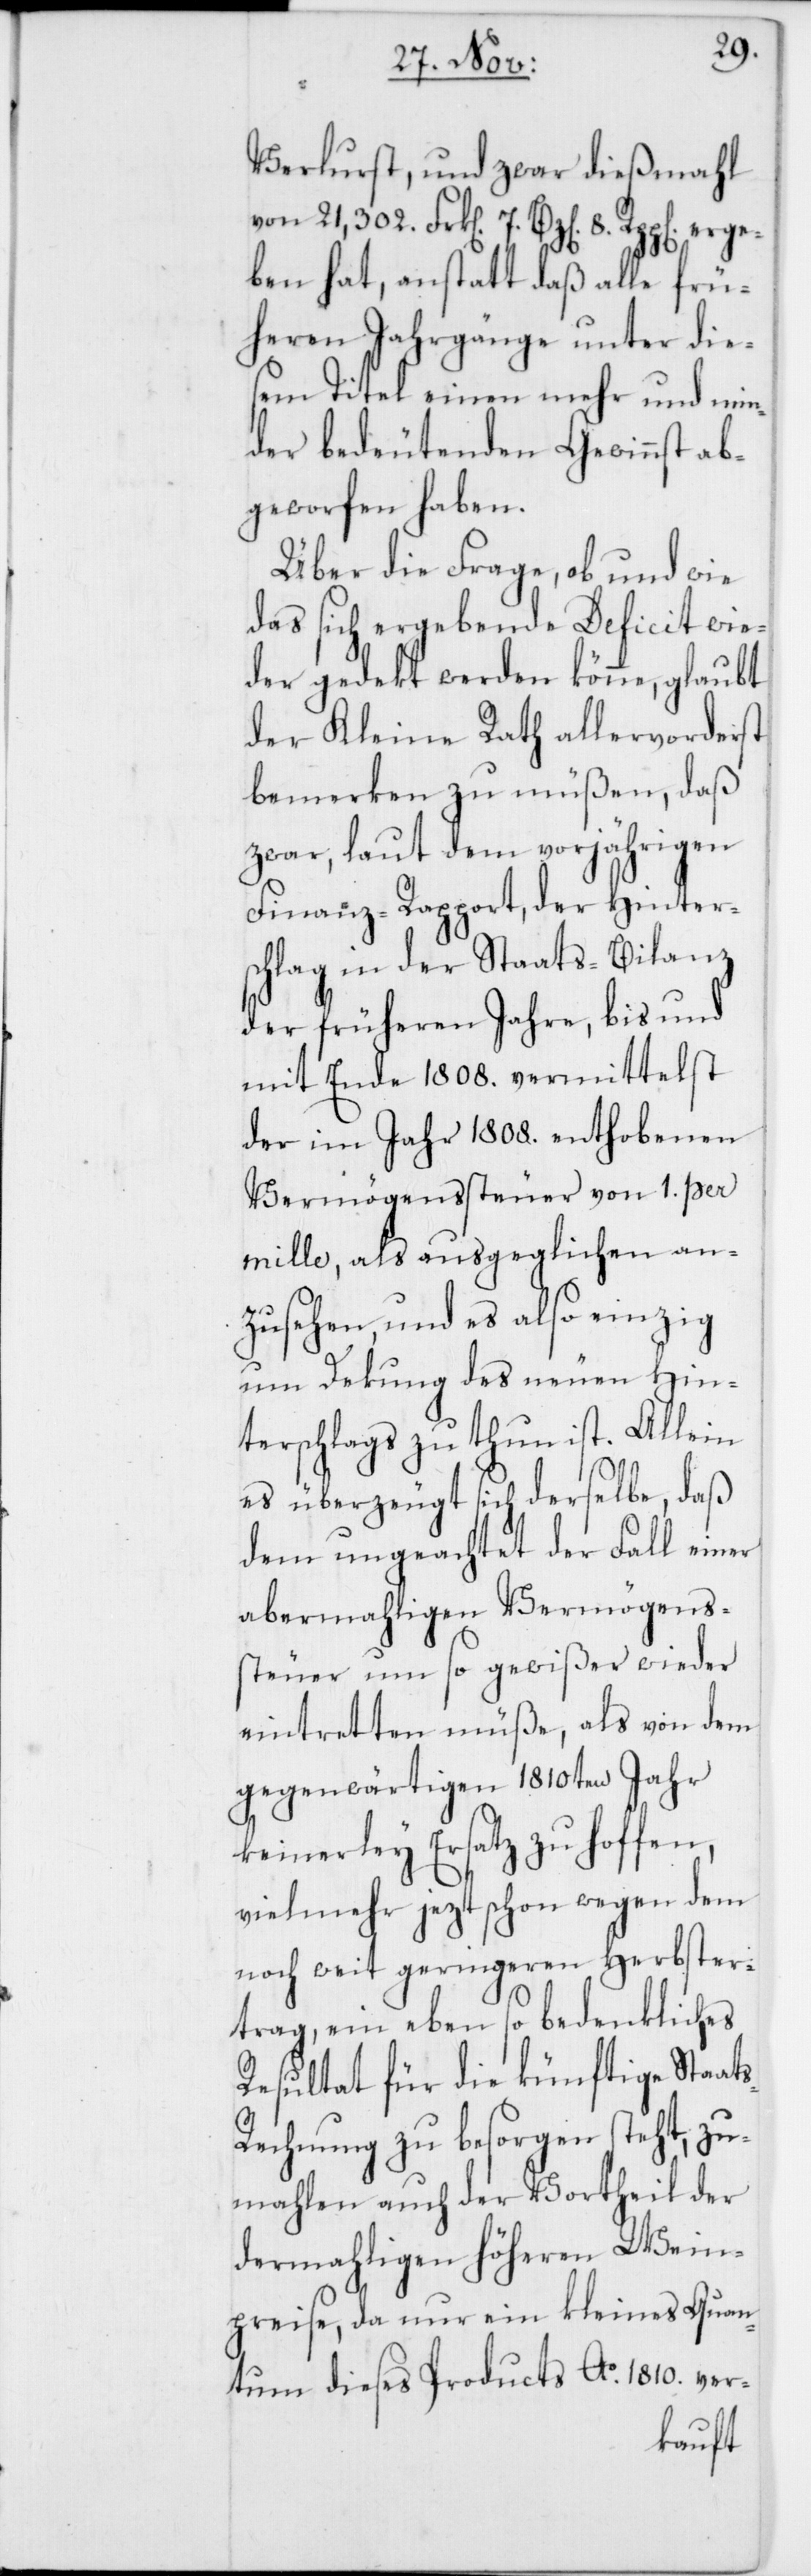
Verlust, und zwar dießmahl
ben hat, anstatt daß alle frü¬
heren Jahrgänge unter die¬
sem Titel einen mehr und min¬
der bedeutenden Gewinnst ab¬
geworfen haben.
Über die Frage, ob und wie
das sich ergebende Deficit wie¬
der gedekt werden könne, glaubt
der Kleine Rath allervorderst
bemerken zu müßen, daß
zwar, laut dem vorjährigen
Finanz-Rapport, der Hinter¬
schlag in der Staats-Bilanz
der früheren Jahre, bis und
mit Ende 1808. vermittelst
der im Jahr 1808. enthobenen
Vermögenssteuer von 1. per
mille, als ausgeglichen an¬
zusehen, und es also einzig
um Dekung des neuen Hin¬
terschlags zu thun ist. Allein
es überzeugt sich derselbe, daß
dem ungeachtet der Fall einer
abermahligen Vermögens¬
steuer um so gewißer wieder
eintretten müße, als von dem
gegenwärtigen 1810ten Jahr
keinerley Ersatz zu hoffen,
vielmehr jezt schon wegen dem
noch weit geringeren Herbster¬
trag, ein eben so bedenkliches
Resultat für die künftige Staat¬
s-Rechnung zu besorgen steht, zu¬
mahlen auch der Vortheil der
dermahligen höheren Wein¬
preise, da nur ein kleines Quan¬
tum dieses Products Ao 1810. ver-
erge¬